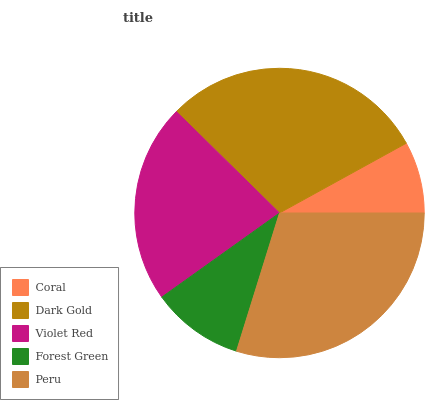
| Coral | Dark Gold | Violet Red | Forest Green | Peru |
 | --- | --- | --- | --- | --- |
 | 8.01% | 29.6% | 22.3% | 10.3% | 29.8% |